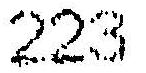
223